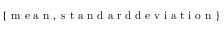
\{ \mathrm { ~ m ~ e ~ a ~ n ~ } , \mathrm { ~ s ~ t ~ a ~ n ~ d ~ a ~ r ~ d ~ d ~ e ~ v ~ i ~ a ~ t ~ i ~ o ~ n ~ } \}